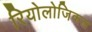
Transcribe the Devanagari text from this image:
रियोलोजिकल